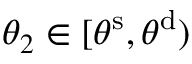
\theta _ { 2 } \in [ \theta ^ { \mathrm { s } } , \theta ^ { \mathrm { d } } )